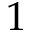
1